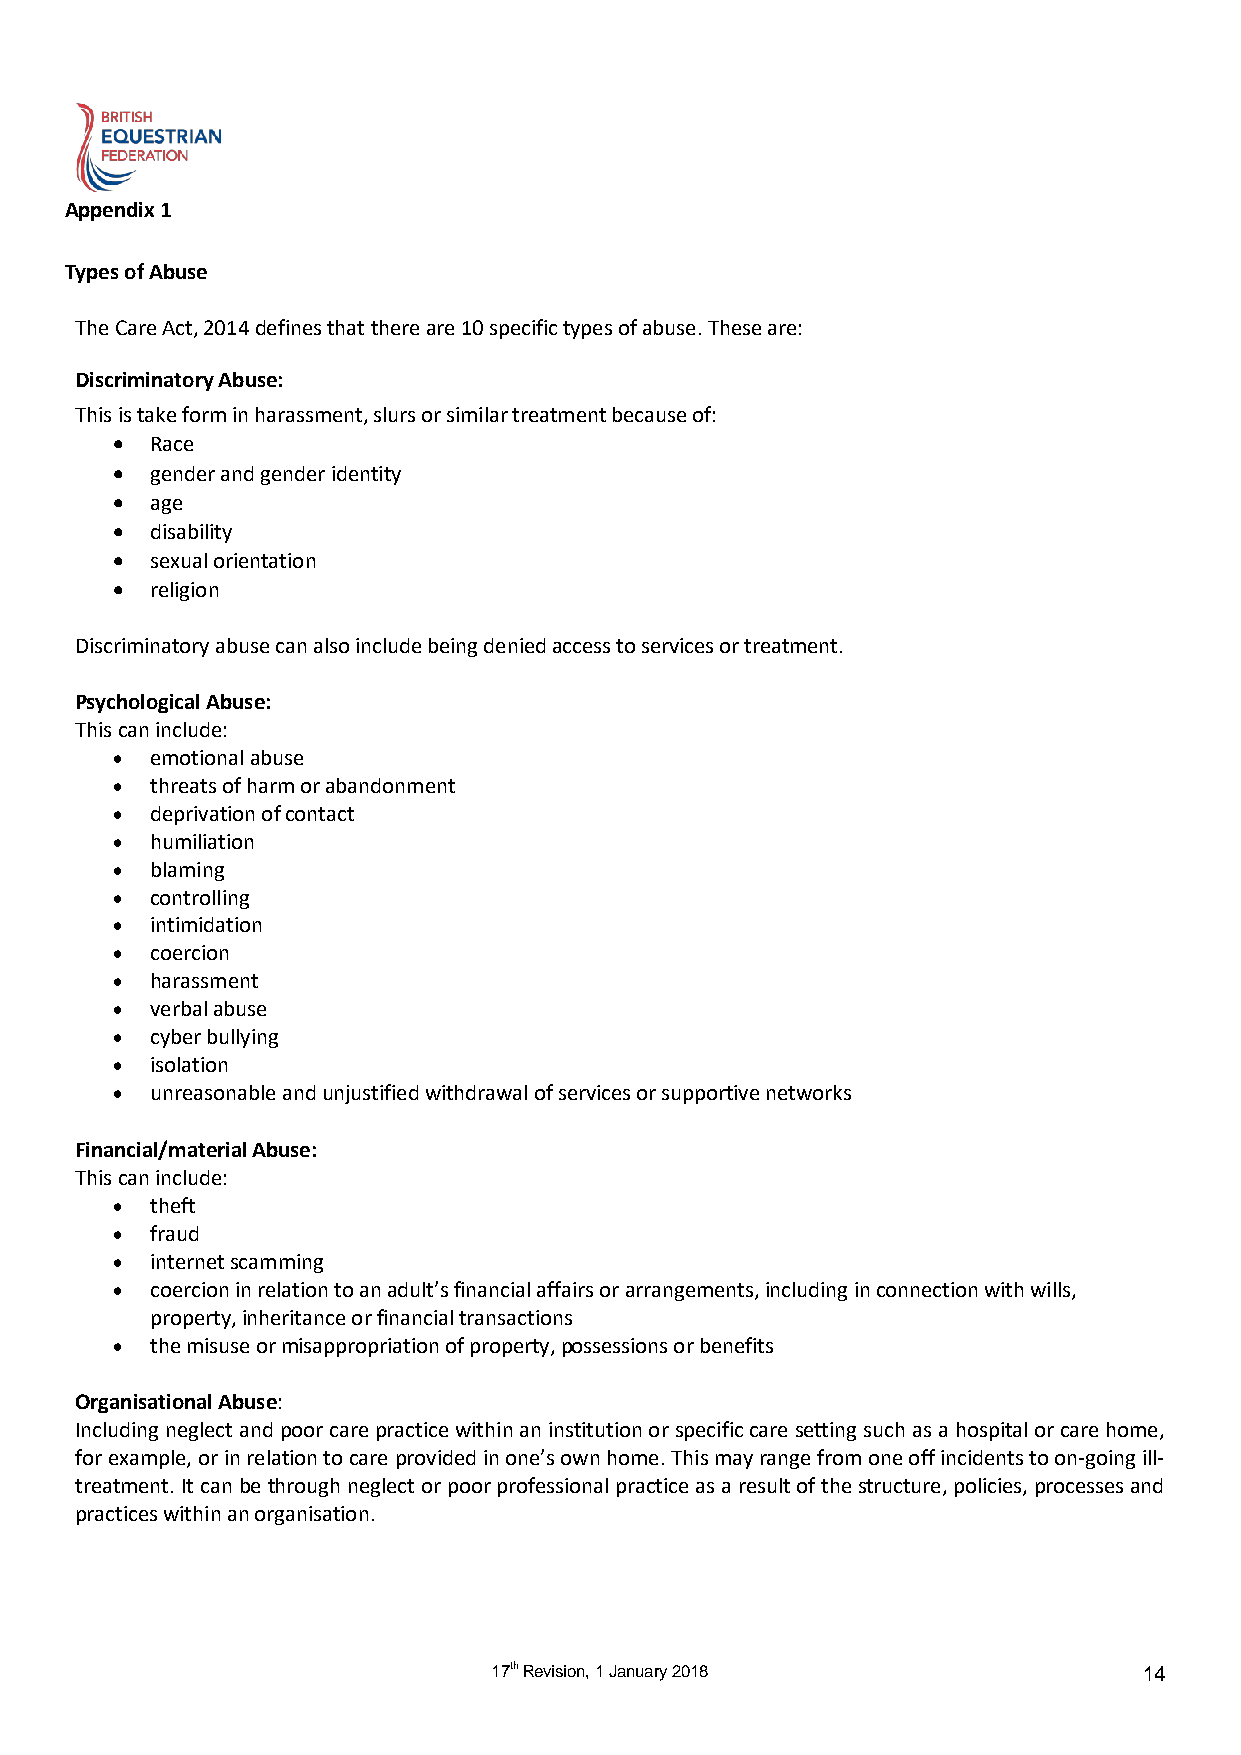
Appendix 1
 Types of Abuse
 The Care Act, 2014 defines that there are 10 specific types of abuse. These are:
 Discriminatory Abuse:
 This is take form in harassment, slurs or similar treatment because of:
   Race
   gender and gender identity
   age
   disability
   sexual orientation
   religion
 Discriminatory abuse can also include being denied access to services or treatment.
 Psychological Abuse:
 This can include:
   emotional abuse
   threats of harm or abandonment
   deprivation of contact
   humiliation
   blaming
   controlling
   intimidation
   coercion
   harassment
   verbal abuse
   cyber bullying
   isolation
   unreasonable and unjustified withdrawal of services or supportive networks
 Financial/material Abuse:
 This can include:
   theft
   fraud
   internet scamming
   coercion in relation to an adult’s financial affairs or arrangements, including in connection with wills,
 property, inheritance or financial transactions
   the misuse or misappropriation of property, possessions or benefits
 Organisational Abuse:
 Including neglect and poor care practice within an institution or specific care setting such as a hospital or care home,
 for example, or in relation to care provided in one’s own home. This may range from one off incidents to on-going ill-
 treatment. It can be through neglect or poor professional practice as a result of the structure, policies, processes and
 practices within an organisation.
 17th Revision, 1 January 2018              14